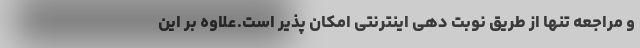
و مراجعه تنها از طریق نوبت دهی اینترنتی امکان پذیر است.علاوه بر این